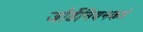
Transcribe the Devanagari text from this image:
जॉर्डेनियनकडे